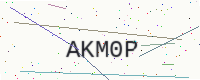
Text: AKM0P